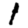
Digit: 1